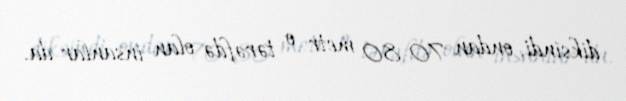
diksindi, ondan 70-80 metr o tərəfdə olan insanlar da.